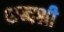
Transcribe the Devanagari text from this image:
शब्दश्री